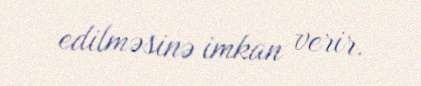
edilməsinə imkan verir.